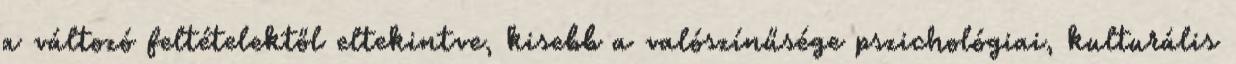
a változó feltételektől eltekintve, kisebb a valószínűsége pszichológiai, kulturális